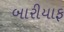
બારીયાફ